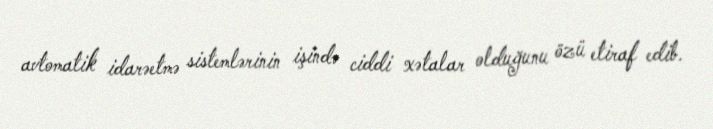
avtomatik idarəetmə sistemlərinin işində ciddi xətalar olduğunu özü etiraf edib.